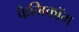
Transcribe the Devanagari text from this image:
फैमिकॉम